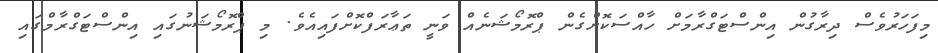
މިފަހަރުވެސް ދިރާގުން އިންސްޓަގްރާމަށް ހާއްސަކޮށްގެން ޕްރޮމޯޝަނެއް ވަނީ ތަޢާރަފްކޮށްފައިއެވެ. މި ޕްރޮމޯޝަނުގައި އިންސްޓަގްރާމްގައި